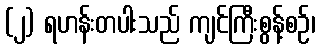
(၂) ရဟန်းတပါးသည် ကျင်ကြီးစွန့်စဉ်၊